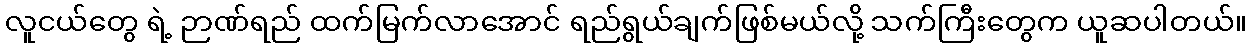
လူငယ်တွေ ရဲ့ ဉာဏ်ရည် ထက်မြက်လာအောင် ရည်ရွယ်ချက်ဖြစ်မယ်လို့ သက်ကြီးတွေက ယူဆပါတယ်။